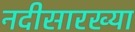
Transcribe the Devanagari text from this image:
नदीसारख्या